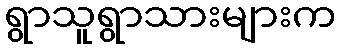
ရွာသူရွာသားများက